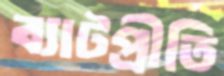
ব্যাটপ্রীতি